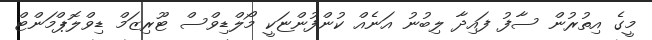
މީގެ އިތުރުން ސާފު ފައިދާ ލިބުނު އަނެއް ކުންފުންޏަކީ މޯލްޑިވްސް ޓޫރިޒަމް ޑިވްލޮޕްމަންޓް